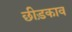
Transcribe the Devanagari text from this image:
छीड़काव